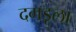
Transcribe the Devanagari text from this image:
दगडूला